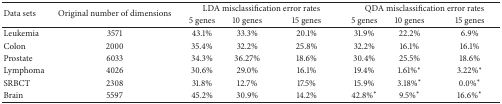
<table><thead><tr><td rowspan="2"><b>Data sets</b></td><td rowspan="2"><b>Original number of dimensions</b></td><td colspan="3"><b>LDA misclassification error rates</b></td><td colspan="3"><b>QDA misclassification error rates</b></td></tr><tr><td><b>5 genes</b></td><td><b>10 genes</b></td><td><b>15 genes</b></td><td><b>5 genes</b></td><td><b>10 genes</b></td><td><b>15 genes</b></td></tr></thead><tbody><tr><td>Leukemia </td><td>3571</td><td>43.1%</td><td>33.3%</td><td>20.1%</td><td>31.9%</td><td>22.2%</td><td>6.9%</td></tr><tr><td>Colon</td><td>2000</td><td>35.4%</td><td>32.2%</td><td>25.8%</td><td>32.2%</td><td>16.1%</td><td>16.1%</td></tr><tr><td>Prostate</td><td>6033</td><td>34.3%</td><td>36.27%</td><td>18.6%</td><td>30.4%</td><td>25.5%</td><td>18.6%</td></tr><tr><td>Lymphoma</td><td>4026</td><td>30.6%</td><td>29.0%</td><td>16.1%</td><td>19.4%</td><td>1.61%<sup>*</sup></td><td>3.22%<sup>*</sup></td></tr><tr><td>SRBCT</td><td>2308</td><td>31.8%</td><td>12.7%</td><td>17.5%</td><td>15.9%</td><td>3.18%<sup>*</sup></td><td>0.0%<sup>*</sup></td></tr><tr><td>Brain</td><td>5597</td><td>45.2%</td><td>30.9%</td><td>14.2%</td><td>42.8%<sup>*</sup></td><td>9.5%<sup>*</sup></td><td>16.6%<sup>*</sup></td></tr></tbody></table>